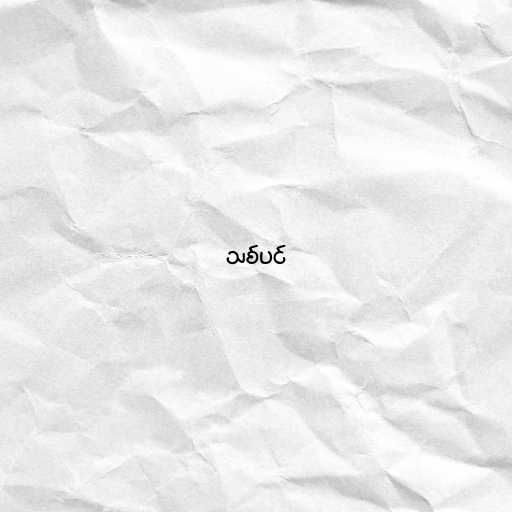
သစ်ပင်